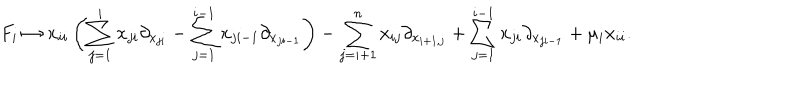
LaTeX: F _ { i } \mapsto x _ { i i } \left( \sum _ { j = 1 } ^ { i } x _ { j i } \partial _ { x _ { j i } } - \sum _ { j = 1 } ^ { i - 1 } x _ { j i - 1 } \partial _ { x _ { j i - 1 } } \right) - \sum _ { j = i + 1 } ^ { n } x _ { i j } \partial _ { x _ { i + 1 , j } } + \sum _ { j = 1 } ^ { i - 1 } x _ { j i } \partial _ { x _ { j i - 1 } } + \mu _ { i } x _ { i i } .